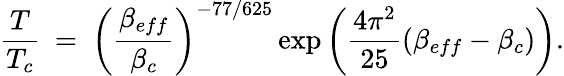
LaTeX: {\frac{T}{T_{c}}}~=~{\left(\frac{{\beta}_{eff}}{\beta_{c}}\right)}^{-77/625}\exp{\left({\frac{4\pi^{2}}{25}}(\beta_{eff}-\beta_{c})\right)}.